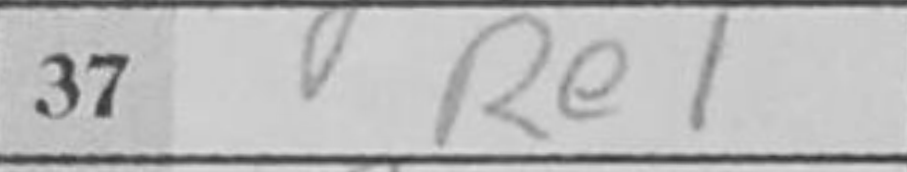
Transcription: Re1